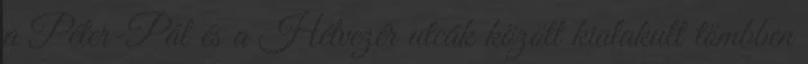
a Péter-Pál és a Hétvezér utcák között kialakult tömbben